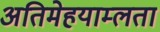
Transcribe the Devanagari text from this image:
अतिमेहयाम्लता